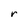
Character: r